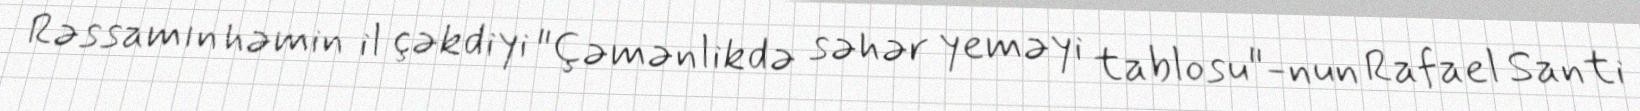
Rəssamın həmin il çəkdiyi "Çəmənlikdə səhər yeməyi tablosu"-nun Rafael Santi